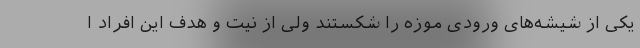
یکی از شیشه‌های ورودی موزه را شکستند ولی از نیت و هدف این افراد ا